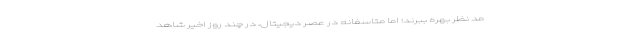
مد نظر بهره ببرند؛ اما متاسفانه در عصر دیجیتال، در چند روز اخیر شاهد